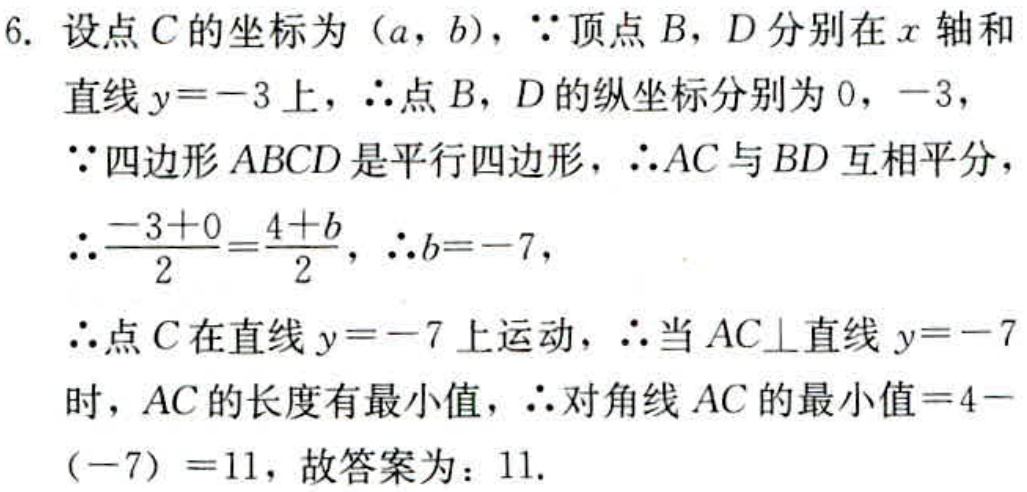
6. 设点\(C\)的坐标为\((a,b)\)，\(\because\)顶点\(B\)，\(D\)分别在\(x\)轴和直线\(y = - 3\)上，\(\therefore\)点\(B\)，\(D\)的纵坐标分别为\(0\)，\(-3\)，
\(\because\)四边形\(ABCD\)是平行四边形，\(\therefore AC\)与\(BD\)互相平分，
\(\therefore\frac{-3 + 0}{2}=\frac{4 + b}{2}\)，\(\therefore b=-7\)，
\(\therefore\)点\(C\)在直线\(y = - 7\)上运动，\(\therefore\)当\(AC\perp\)直线\(y = - 7\)时，\(AC\)的长度有最小值，\(\therefore\)对角线\(AC\)的最小值\(=4-(-7)=11\)，故答案为：\(11\).